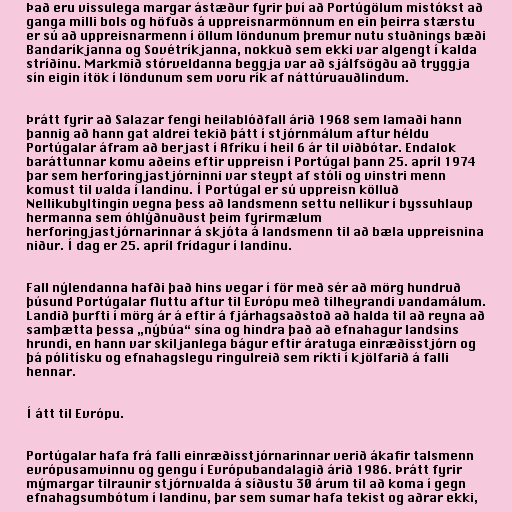
Það eru vissulega margar ástæður fyrir því að Portúgölum mistókst að
ganga milli bols og höfuðs á uppreisnarmönnum en ein þeirra stærstu
er sú að uppreisnarmenn í öllum löndunum þremur nutu stuðnings bæði
Bandaríkjanna og Sovétríkjanna, nokkuð sem ekki var algengt í kalda
stríðinu. Markmið stórveldanna beggja var að sjálfsögðu að tryggja
sín eigin ítök í löndunum sem voru rík af náttúruauðlindum.

Þrátt fyrir að Salazar fengi heilablóðfall árið 1968 sem lamaði hann
þannig að hann gat aldrei tekið þátt í stjórnmálum aftur héldu
Portúgalar áfram að berjast í Afríku í heil 6 ár til viðbótar. Endalok
baráttunnar komu aðeins eftir uppreisn í Portúgal þann 25. apríl 1974
þar sem herforingjastjórninni var steypt af stóli og vinstri menn
komust til valda í landinu. Í Portúgal er sú uppreisn kölluð
Nellikubyltingin vegna þess að landsmenn settu nellikur í byssuhlaup
hermanna sem óhlýðnuðust þeim fyrirmælum
herforingjastjórnarinnar á skjóta á landsmenn til að bæla uppreisnina
niður. Í dag er 25. apríl frídagur í landinu.

Fall nýlendanna hafði það hins vegar í för með sér að mörg hundruð
þúsund Portúgalar fluttu aftur til Evrópu með tilheyrandi vandamálum.
Landið þurfti í mörg ár á eftir á fjárhagsaðstoð að halda til að reyna að
samþætta þessa „nýbúa“ sína og hindra það að efnahagur landsins
hrundi, en hann var skiljanlega bágur eftir áratuga einræðisstjórn og
þá pólitísku og efnahagslegu ringulreið sem ríkti í kjölfarið á falli
hennar.

Í átt til Evrópu.

Portúgalar hafa frá falli einræðisstjórnarinnar verið ákafir talsmenn
evrópusamvinnu og gengu í Evrópubandalagið árið 1986. Þrátt fyrir
mýmargar tilraunir stjórnvalda á síðustu 30 árum til að koma í gegn
efnahagsumbótum í landinu, þar sem sumar hafa tekist og aðrar ekki,